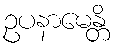
ဥပနာမေန္တိ